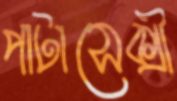
পাটাসেক্সী